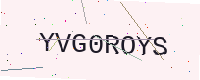
Text: YVG0ROYS